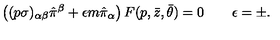
\left( ( p \sigma ) _ { \alpha \beta } \hat { \pi } ^ { \beta } + \epsilon m \hat { \pi } _ { \alpha } \right) F ( p , \bar { z } , \bar { \theta } ) = 0 \qquad \epsilon = \pm .